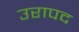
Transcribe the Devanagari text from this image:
उरापद